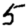
Digit: 5